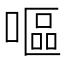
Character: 嘔